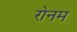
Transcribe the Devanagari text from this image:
रोनम